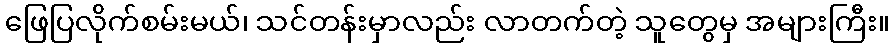
ဖြေပြလိုက်စမ်းမယ်၊ သင်တန်းမှာလည်း လာတက်တဲ့ သူတွေမှ အများကြီး။